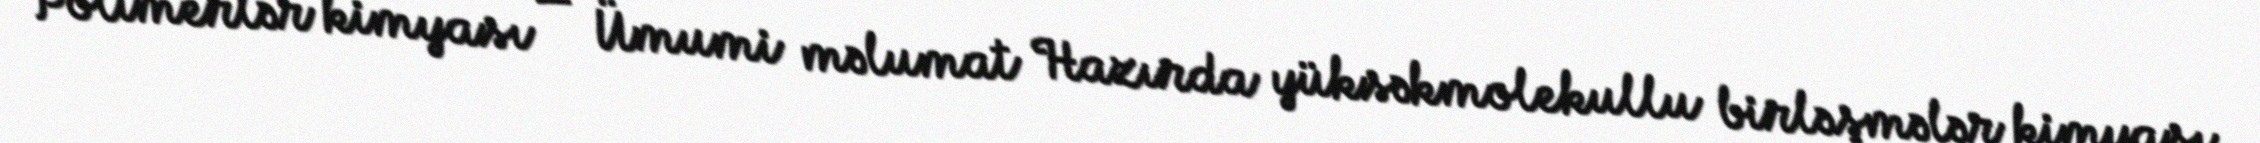
Polimerlər kimyası — Ümumi məlumat Hazırda yüksəkmolekullu birləşmələr kimyası